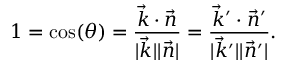
1 = \cos ( \theta ) = \frac { \vec { k } \cdot \vec { n } } { \vert \vec { k } \vert \vert \vec { n } \vert } = \frac { \vec { k } ^ { \prime } \cdot \vec { n } ^ { \prime } } { \vert \vec { k } ^ { \prime } \vert \vert \vec { n } ^ { \prime } \vert } .